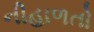
નીહાળતો